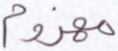
مهزوم